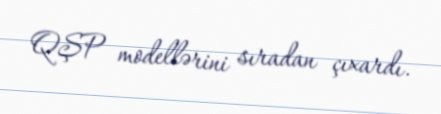
QŞP modellərini sıradan çıxardı.